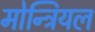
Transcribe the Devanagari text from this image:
मोन्ट्रियल